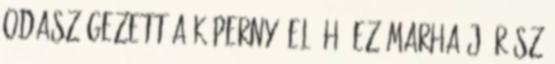
odaszögezett a képernyő elé Hú ez marha jó rész